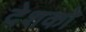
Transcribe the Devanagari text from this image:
देशको